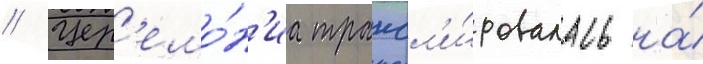
// Цер'емо́н'иа трансл'и́ровалась на́